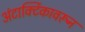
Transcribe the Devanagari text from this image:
अंटार्क्टिकावरून